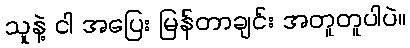
သူနဲ့ ငါ အပြေး မြန်တာချင်း အတူတူပါပဲ။